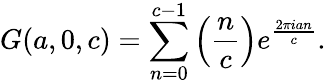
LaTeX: G(a,0,c)=\sum_{n=0}^{c-1}\left({\frac{n}{c}}\right)e^{\frac{2\pi ian}{c}}.